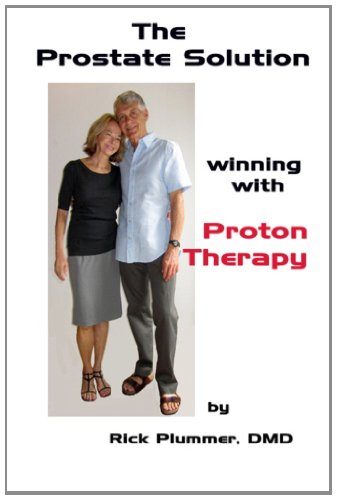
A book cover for The Prostate Solution, winning with Proton Therapy (Volume 1); Dr. Richard W Plummer; Health, Fitness & Dieting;